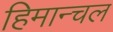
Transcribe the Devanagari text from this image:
हिमान्चल